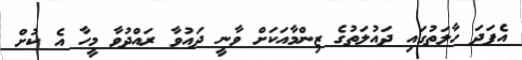
އެފަދަ ހާލަތުގައި ދައުލަތުގެ ޒިންމާއަކަށް ވާނީ ދައުވާ ރައްދުވާ މީހާ އެ ކުށް